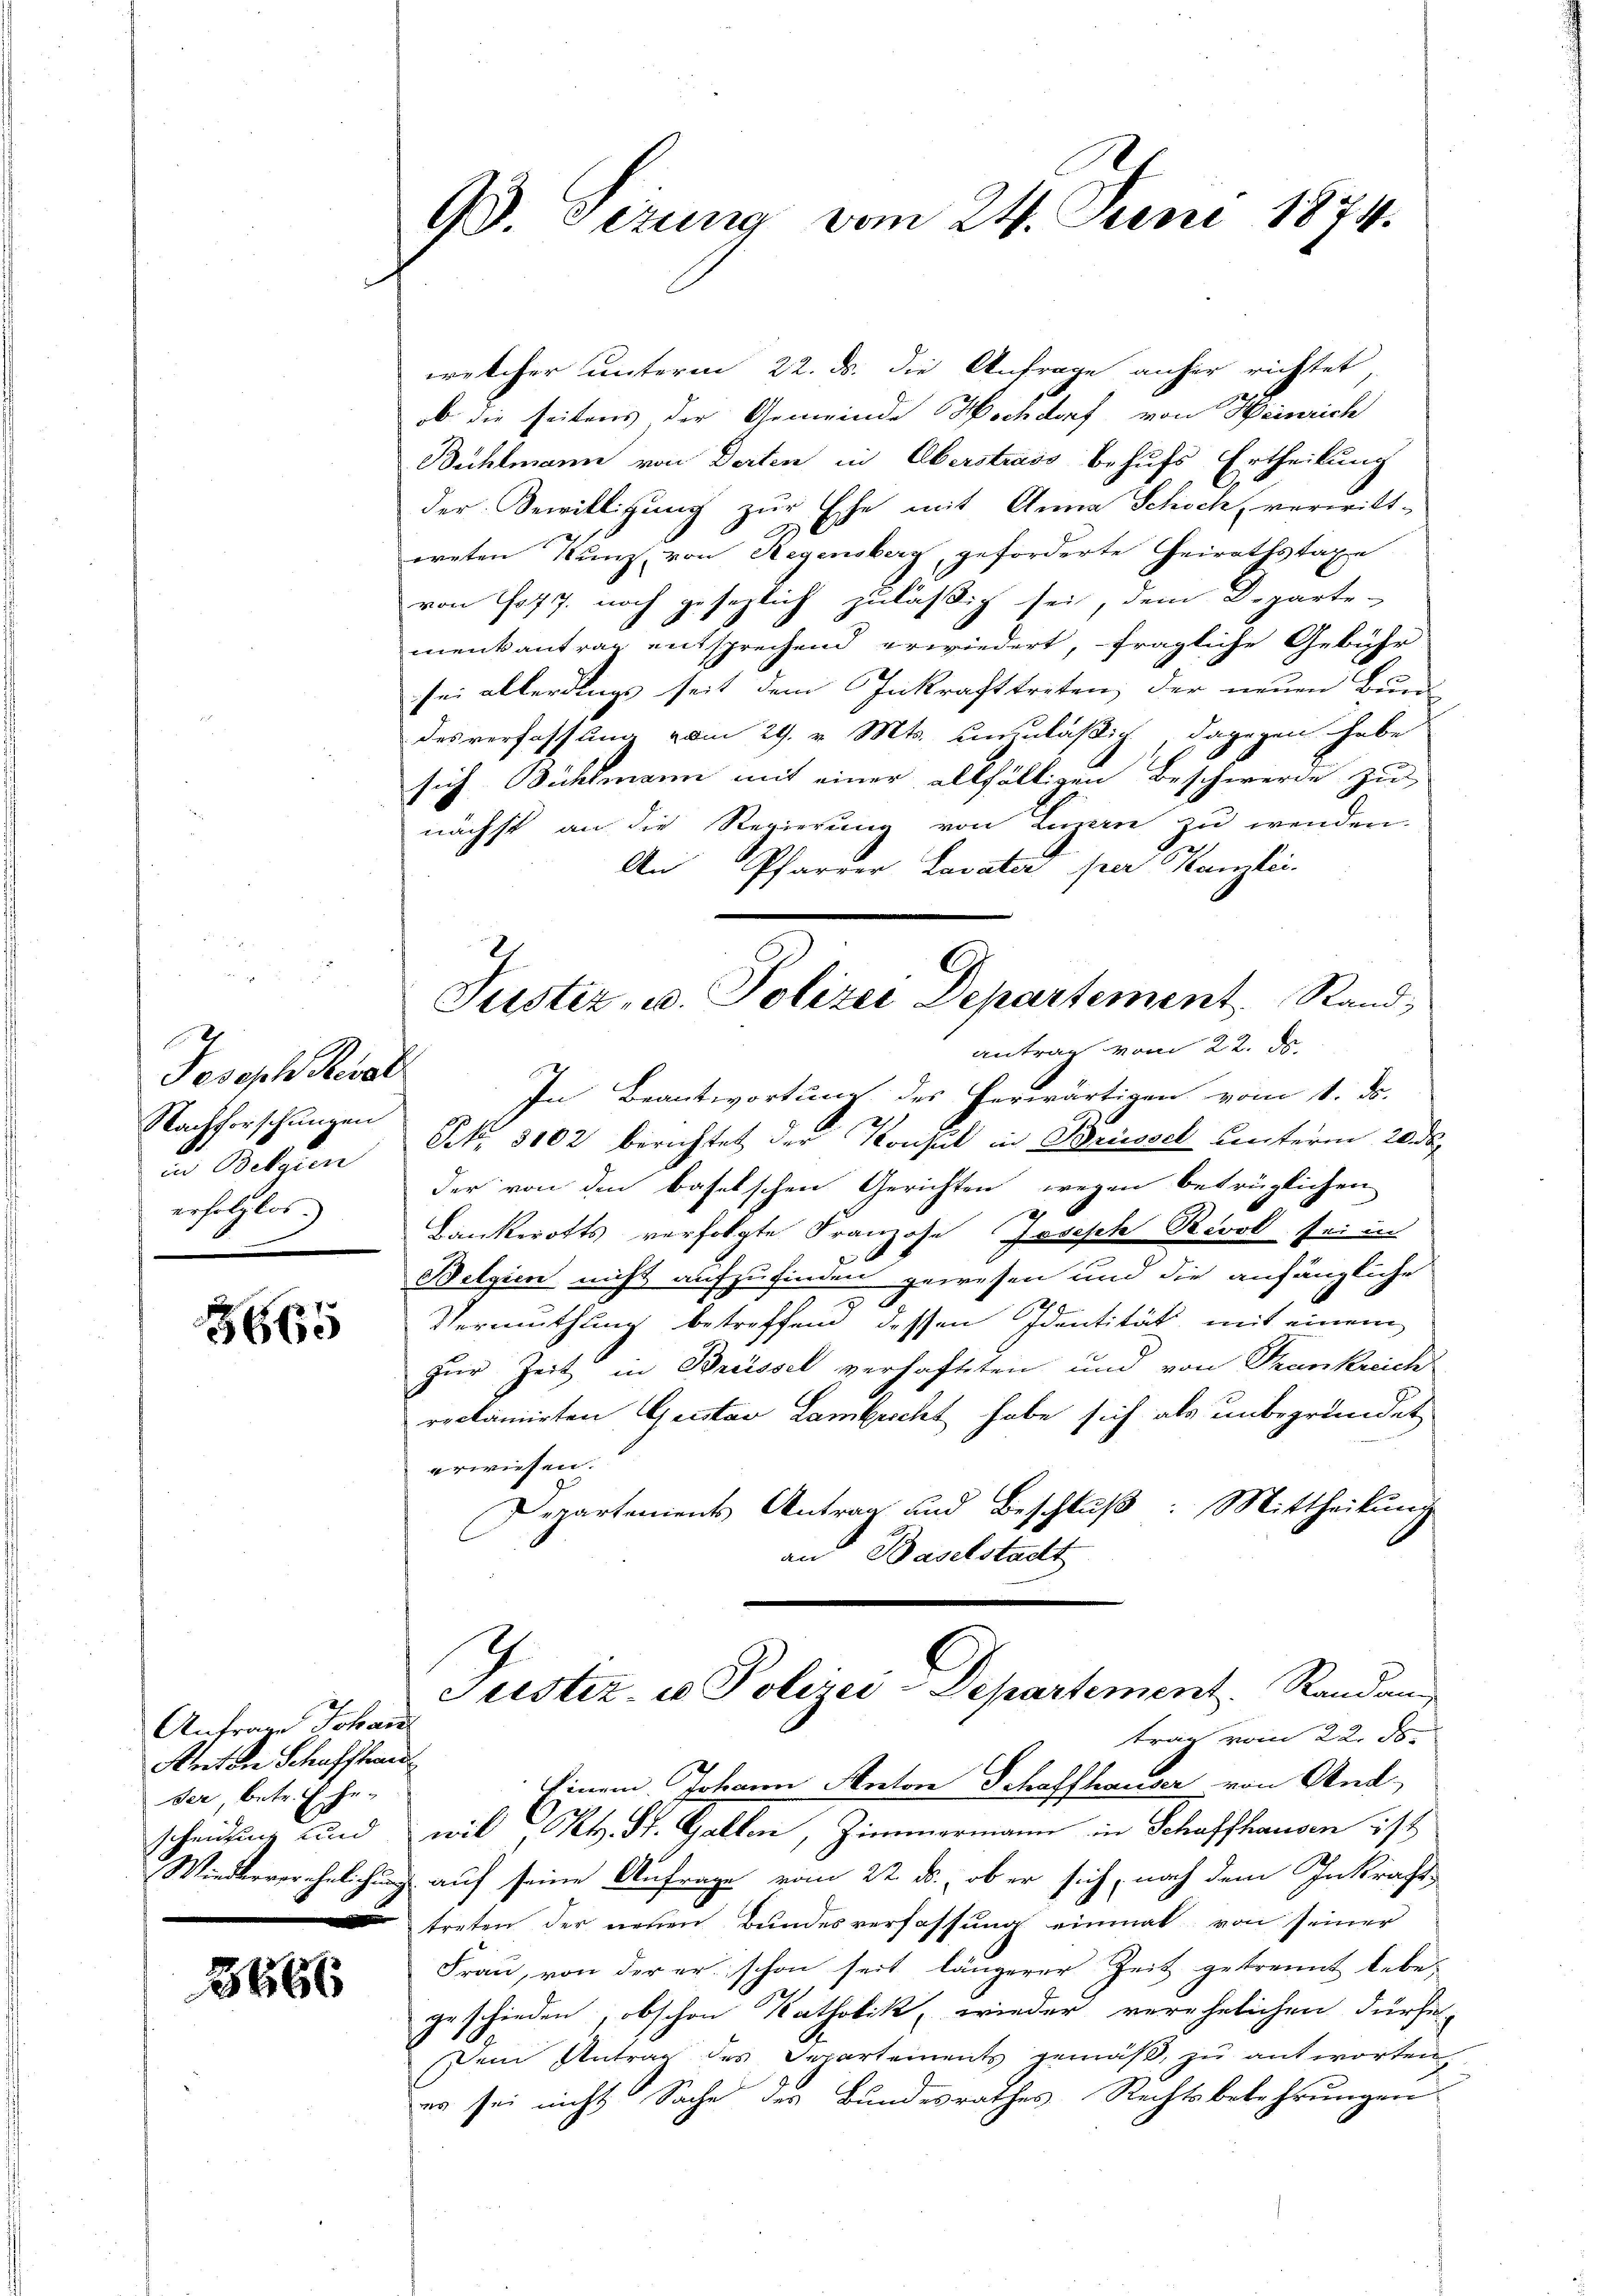
Joseph Resol
Nachforschungen
u Bolzun
erfolglos.)

3665

Anfrage Johan
Arten Schaffhand
ser, betr. Gescheidung und

5666

93. Sizung vom 24. Juni 1874.

welcher unterm 22. ds. die Anfrage anher richtet,
b die seitens der Gemeinde Hochdorf von Heinrich
Bühlmann von Dorten in Oberstrass behufs Ertheilung
der Bewilligung zur Ehe mit Anna Schoch, verwittweten Kunz, von Regensberg, geforderte Heirathstaxe
von Hof 7. noch gesezlich zuläßig sei, dem Departe-
menkantrag entsprechend erwiedert, – fragliche Gebühr
sei allerdings seit dem Inkrafttreten, der neuen Bunde
desverfassung vom 29. v. Mts. unmläßig, dagegen habe
sich Bühlmann mit einer allfälligen Beschwerde zu
nächst an die Regierung von Luzern zu wenden.
An Pfarrer Lavater per Kanzlei.
In Beantwortung des herwärtigen vom 1. ds.
Frk. 3002 berichtet der Konsul in Brüssel unterm 20. ds.
der von den baselschen Gerichten wegen betrüglichen
Dankerotts verfolgte Franzose Joseph Revol sei in
Belgien nicht aufzufinden gewesen und die anfängliche
d
5
Vermuthung betreffend dessen Identität, mit einem
zur Zeit in Breissel verhafteten und von Trankreich
reclamirten Geistav Lambrecht habe sich als unbegründet
erwiesen.
Departements Antrag und Beschluß: Mittheilung
an Baselstadt
Justiz- u Polizei-Departement. Randan
trag vom 22. ds.
Einem Johann Anton Schaffhauser von And
wil Kt. St. Gallen, Zimmermann in Schaffhausen ist
Wiederverehelichung auf seine Anfrage vom 22. ds., ob er sich, nach dem Inkraft-
treten der neuen Bundesverfassung einmal von seiner
Frau, von der er schon seit längerer Zeit getrennt lebe-
1
geschieden, obschon Katholik, wieder verehelichen dürfe
10
Dein Antrag des Departements gemäß, zu antworten.
er sei nicht Sache des Bundesrathes Rechtsbekehrungen

Justiz, u. Polizei Departement, Rand,
antrag vom 22. ds.